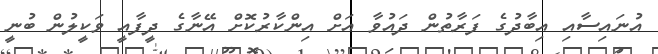
އުނައިސާއި އިބާދުގެ ފަރާތުން ދައުވާ އަށް އިންކާރުކޮށް އޭނާގެ ދީފާއީ ވަކީލުން ބުނީ